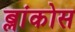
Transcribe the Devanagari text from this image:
ब्लांकोस